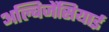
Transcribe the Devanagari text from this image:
अल्बिजेंसियाई